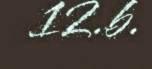
12.b.